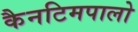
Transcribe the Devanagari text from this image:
कैनटिमपालो